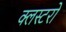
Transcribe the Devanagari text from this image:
क्लस्टरो